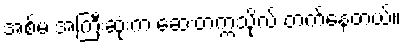
အစ်မ အကြီးဆုံးက ဆေးတက္ကသိုလ် တက်နေတယ်။